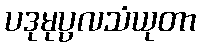
ပဒုမုပ္ပလသံယုတာ